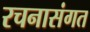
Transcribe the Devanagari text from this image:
रचनासंगत